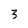
Character: 3